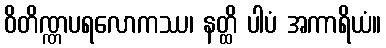
ဝိတိဏ္ဏပရလောကဿ၊ နတ္ထိ ပါပံ အကာရိယံ။